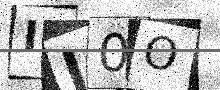
Text: IJ0O